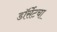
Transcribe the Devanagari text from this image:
डॉर्सेटचा